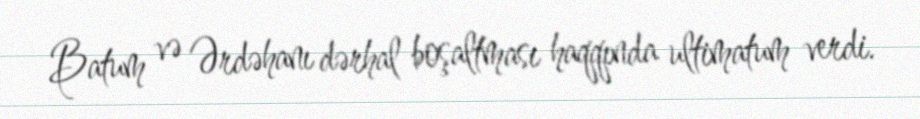
Batum və Ərdəhanı dərhal boşaltması haqqında ultimatum verdi.